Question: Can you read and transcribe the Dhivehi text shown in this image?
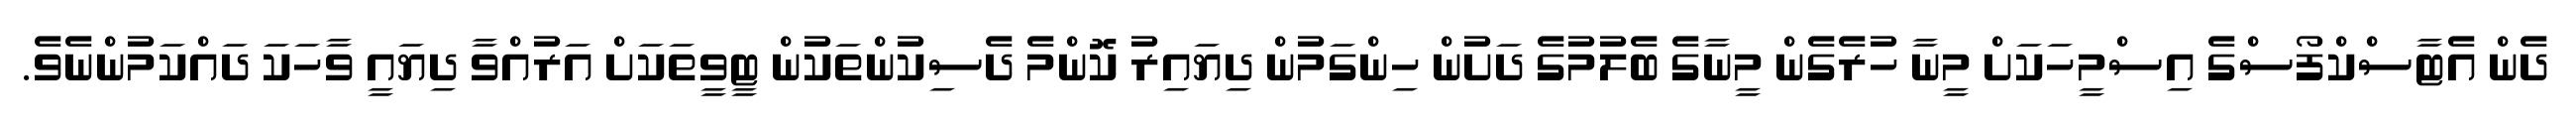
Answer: ދެން އެޓާސްކްފޯސްގެ އިސްމީހަކަށް މީނާ ހުރެގެން މީނާގެ ބެލުމުގެ ދަށުން ހިންގަމުން ދިޔައިރު ކޮންމެ ދެސިކުންތަކުން ޓީވީތަކަށް އަރުއްވާ ދިޔައީ ވާހަކަ ދައްކަމުންނެވެ.